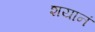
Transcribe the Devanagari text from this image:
शयानं